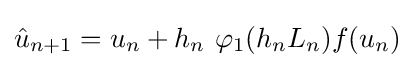
{\hat {u}}_{n+1}=u_{n}+h_{n}\ \varphi _{1}(h_{n}L_{n})f(u_{n})